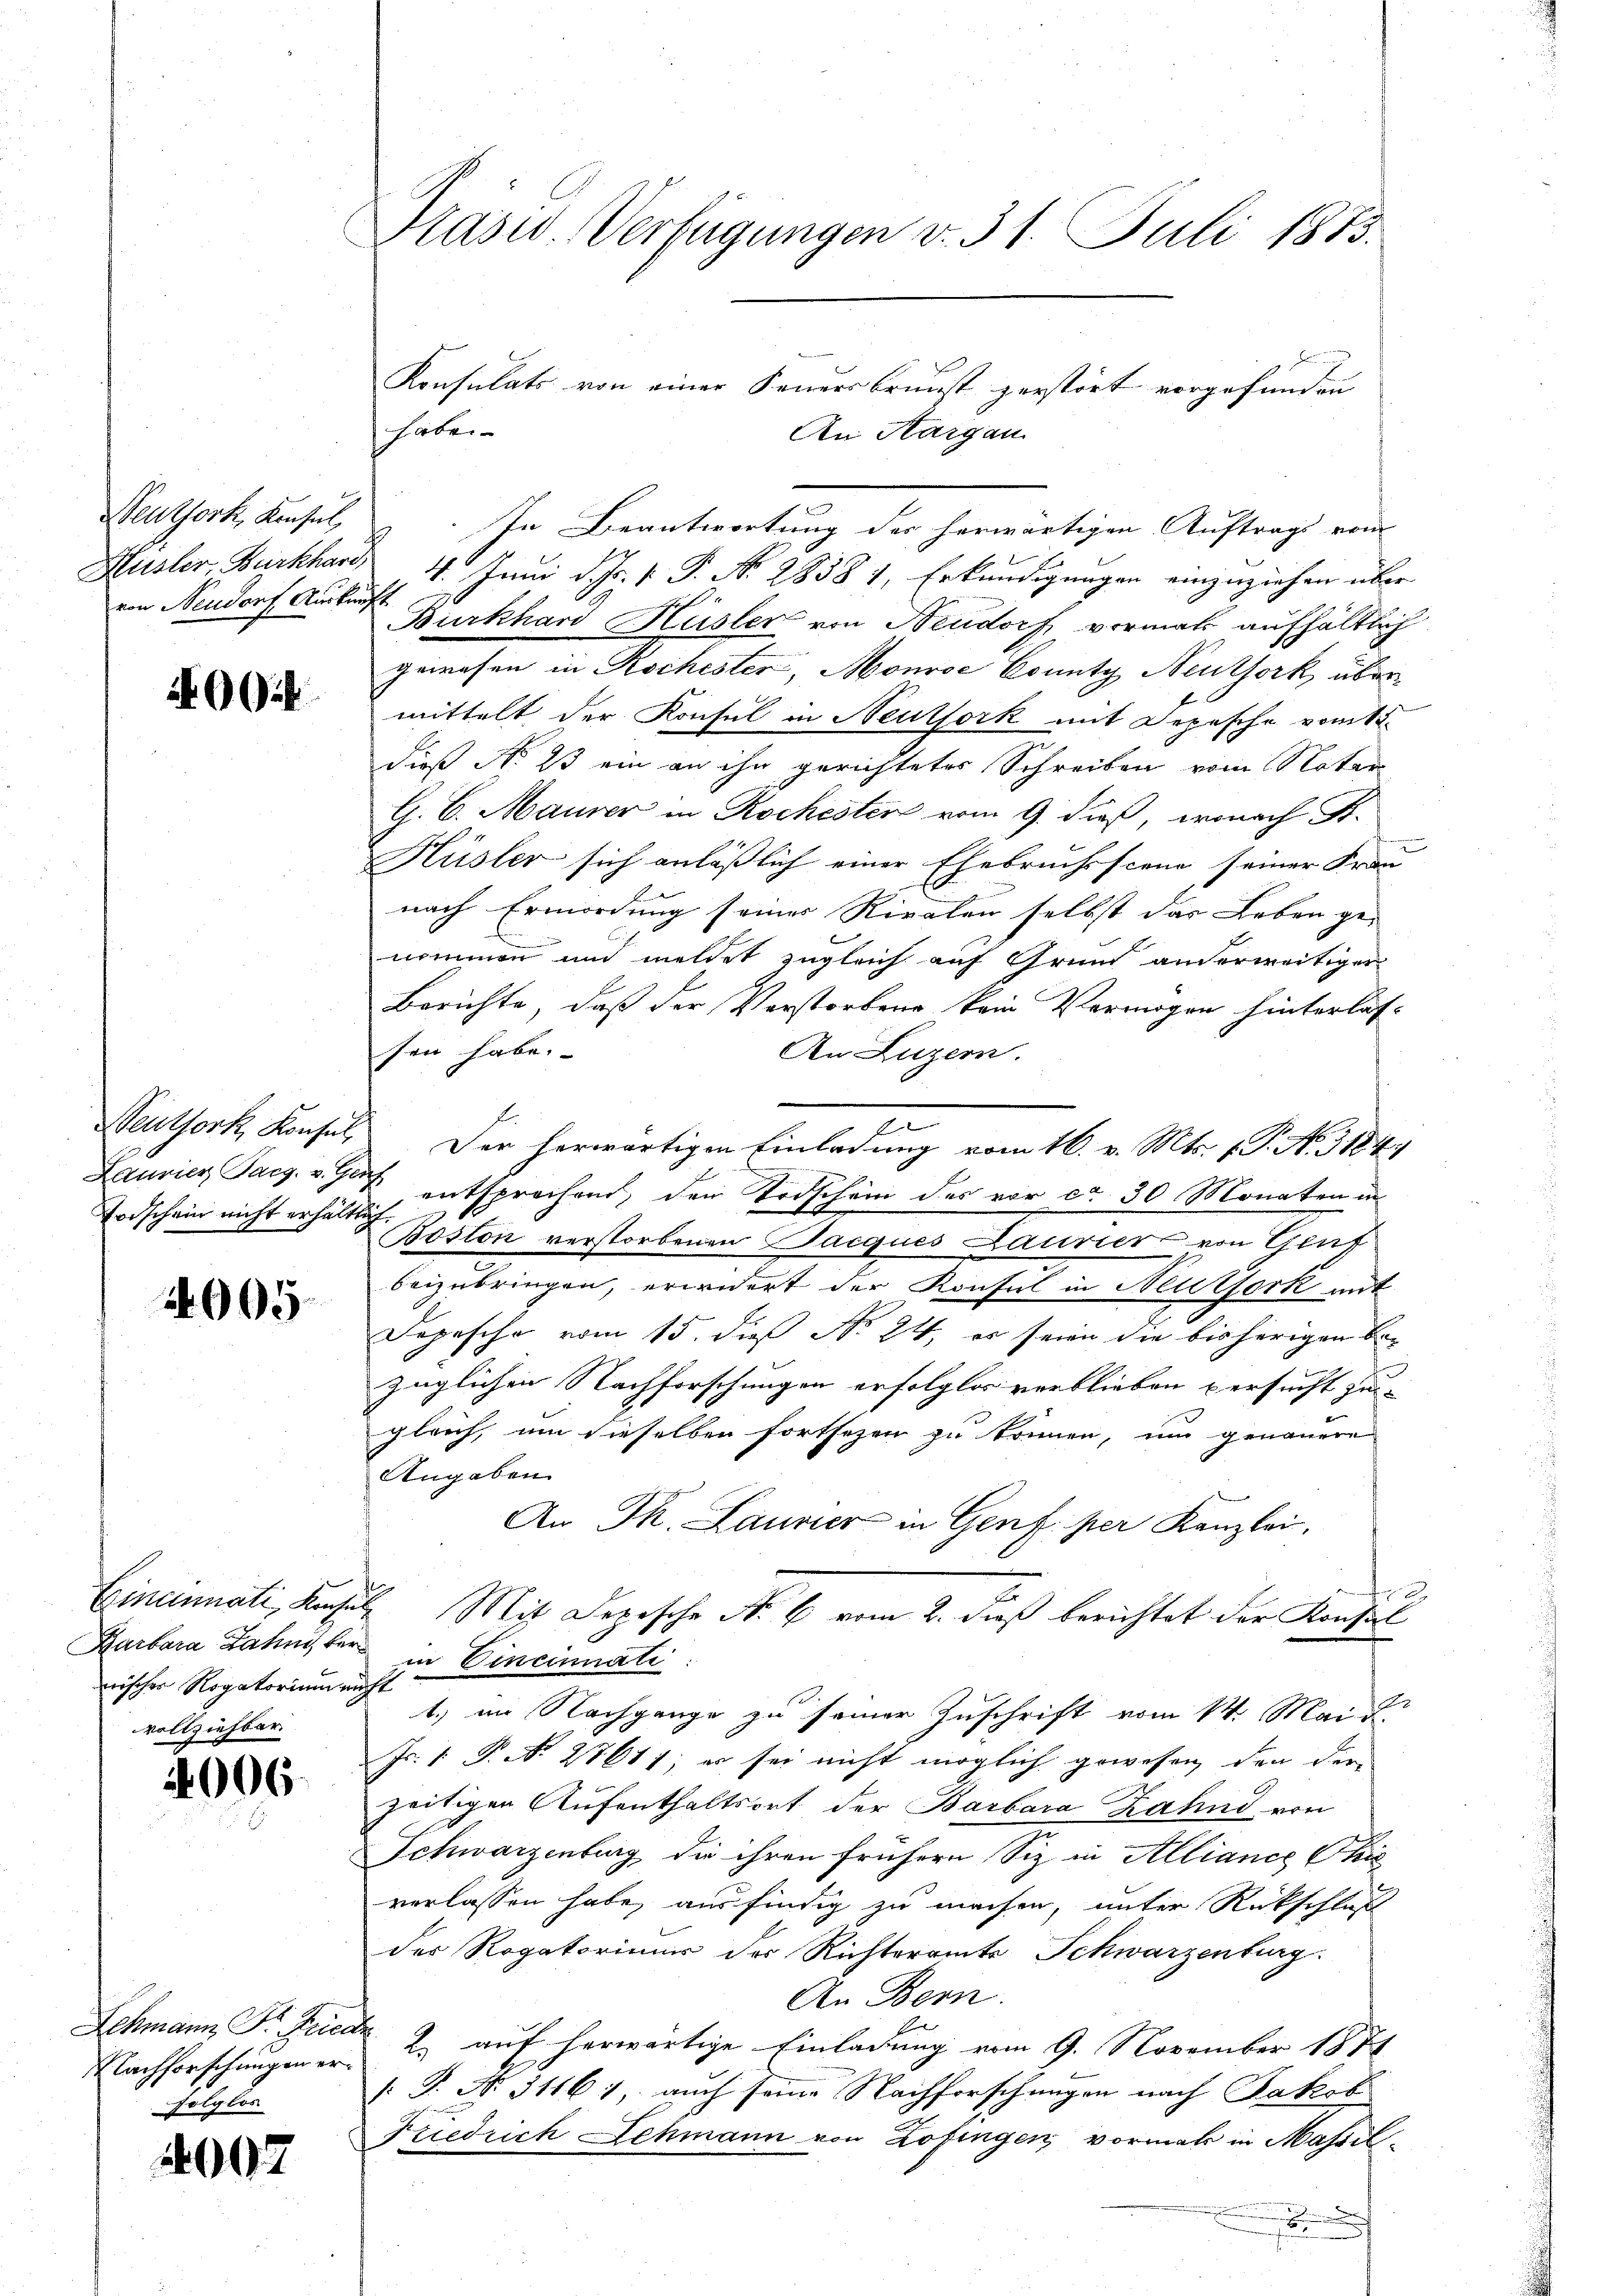
Neuthork, Konsul,
Hüsler, Burkhard,
von Neudorf Auskunft

962

euthork, Konsul,
Laurier Parg. v. Ger.
Torschein nicht erhältlich

4905

Garbara Zahn ber
nischer Rogatorium nicht
vollziehbar

02

06.

Lehmann Fr. Seica
Nachforschungen erfolglos

Kasw. Verfügungen v. 31. Juli 1873.

Konsulats von einer Feuersbrunst zerstört vorgefunden
haben.
An Aargau
In Beantwortung des herwärtigen Auftrags vom
4. Juni d. Js. v. P. No. 2838 1, Erkundigungen einzuziehen über
Burkhard Hüsler von Neudorf, vormat aufhältlich
gewesen in Kochester, Monvoc County Neuthork, über
mittelt der Konsul in Neutfork mit Depesche vom 15.
dieß No 23 ein an ihn gerichtetes Schreiben vom Notar
G. C. Maurer in Rochesten vom 9. dieß, wonach St.
Hüsler sich anläßlich einer Ehebruchsscene seiner Fran
nach Ermordung seiner Rivalen selbst das Leben ge-
nommen und meldet zugleich auf Grund anderweitiger
Berichte, daß der Verstorbene kein Vermögen hinterlassen habe.
An Luzern.
z
Der herwärtigen Einladung vom 16. v. Mts. 1. P. No. 3184.
 entsprochend, den Todschein des vor ca 30 Monaten in
Boston verstorbenen acques Laurier von Genf
beizubringen, erwidert der Konsul in Neutfork mit
Depesche vom 15. dieß No 24. er seien die bisherigen Bezüglichen Nachforschungen erfolglos verblieben versucht zu-
gleich, um dieselben fortsezen zu können, um genauere
Angaben.
An Th. Laurier in Genf. per Kanzlei.

Eincinnati, Konsul Mit Dezische No 6 vom 2. dieß berichtet der Konsil
in Cincinnati
1.) im Nachgange zu seiner Zuschrift vom 14. Mai
Js. v. P. Nr. 27611; es sei nicht möglich gewesen den der-
zeitigen Aufenthaltsort der Barbara Zahnd von
Schwarzenburg, die ihren frühern Siz in Alliance Chris
verlassen habe, ausfindig zu machen, unter Rückschluß
des Rogatorium der Richteramts Schwarzenburg.
An Bern.
 2. auf herwärtige Einladung vom 9. November 187
[P. Nr. 31161, auch seine Nachforschungen nach Jakob
Friedrich Schmann von Zofingen vormal in Massel¬